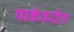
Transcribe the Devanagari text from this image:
पार्कवरील